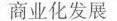
商业化发展